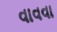
વાવવા